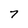
Character: 7